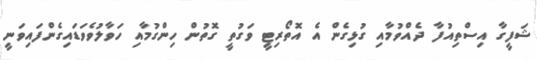
ޝަފީގާ އިސްތިއުފާ ދެއްވުމާއި ގުޅިގެން އެ އޮތޯރިޓީ ވަގުތީ ގޮތުން ހިންގުމާއި ހަވާލުވެވަޑައިގެންފައިވަނީ